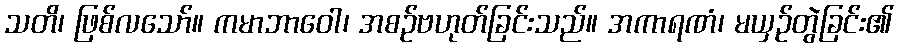
သတိ၊ ဖြစ်လသော်။ ကမာဘာဝေါ၊ အစဉ်ဗဟုတ်ခြင်းသည်။ အကာရဏံ၊ မယှဉ်တွဲခြင်း၏